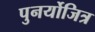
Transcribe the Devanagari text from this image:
पुनर्योजित्र